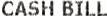
CASH BILL